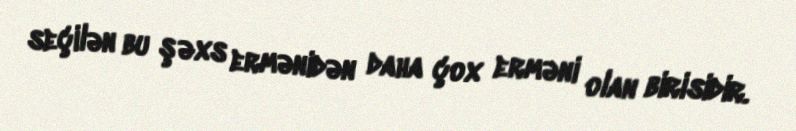
seçilən bu şəxs ermənidən daha çox erməni olan birisidir.